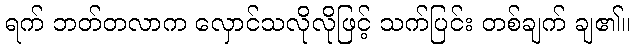
ရက် ဘတ်တလာက လှောင်သလိုလိုဖြင့် သက်ပြင်း တစ်ချက် ချ၏။